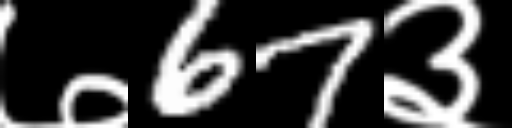
Text: ७67३